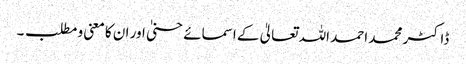
ڈاکٹر محمد احمد اللہ تعالیٰ کے اسمائے حسنیٰ اور ان کا معنی و مطلب ۔